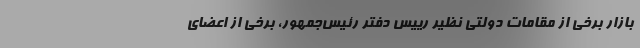
بازار برخی از مقامات دولتی نظیر رییس دفتر رئیس‌جمهور، برخی از اعضای